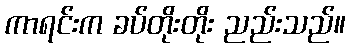
ကာရင်းက ခပ်တိုးတိုး ညည်းသည်။